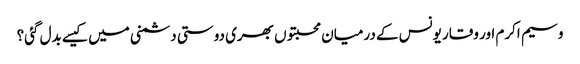
وسیم اکرم اور وقار یونس کے درمیان محبتوں بھری دوستی دشمنی میں کیسے بدل گئی؟